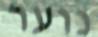
נוער